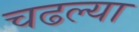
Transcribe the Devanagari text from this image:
चढल्या